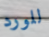
للورد